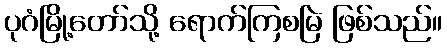
ပုဂံမြို့တော်သို့ ရောက်ကြစမြဲ ဖြစ်သည်။